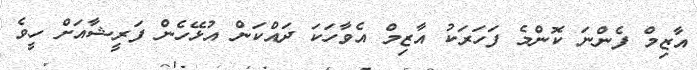
އާޒިމް ފެންނަ ކޮންމެ ފަހަރަކު އާޒިމް އެވާހަކަ ދައްކަން އުޅޭހެން ފަރީޝާއަށް ހީވެ